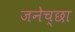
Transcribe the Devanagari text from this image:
जनेच्छा